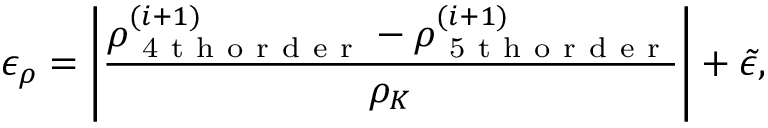
\epsilon _ { \rho } = \left| \frac { \rho _ { \mathrm { ~ 4 ~ t ~ h ~ o ~ r ~ d ~ e ~ r ~ } } ^ { ( i + 1 ) } - \rho _ { \mathrm { ~ 5 ~ t ~ h ~ o ~ r ~ d ~ e ~ r ~ } } ^ { ( i + 1 ) } } { \rho _ { K } } \right| + \Tilde { \epsilon } ,